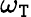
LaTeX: \omega_{\mathtt{T}}